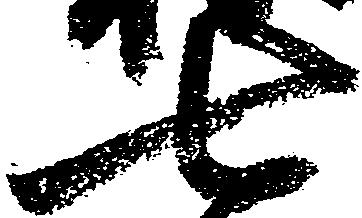
七